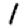
Digit: 1